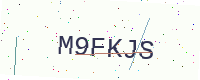
Text: M9FKJS